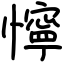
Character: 懧